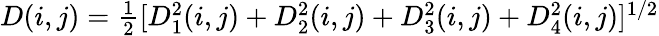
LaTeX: \begin{array}{r}{D(i,j)=\frac{1}{2}[D_{1}^{2}(i,j)+D_{2}^{2}(i,j)+D_{3}^{2}(i,j)+D_{4}^{2}(i,j)]^{1/2}}\end{array}